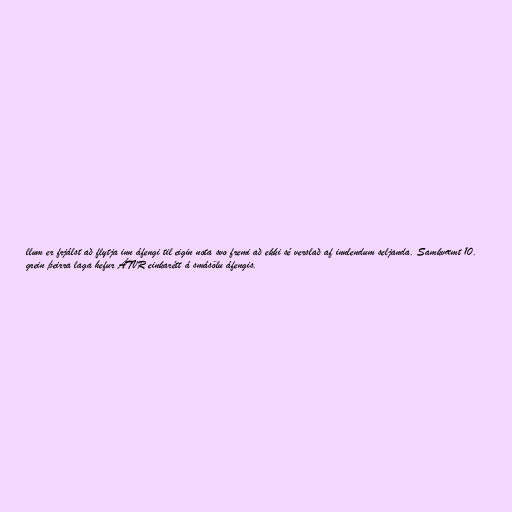
llum er frjálst að flytja inn áfengi til eigin nota svo fremi að ekki sé verslað af innlendum seljanda. Samkvæmt 10.
grein þeirra laga hefur ÁTVR einkarétt á smásölu áfengis.